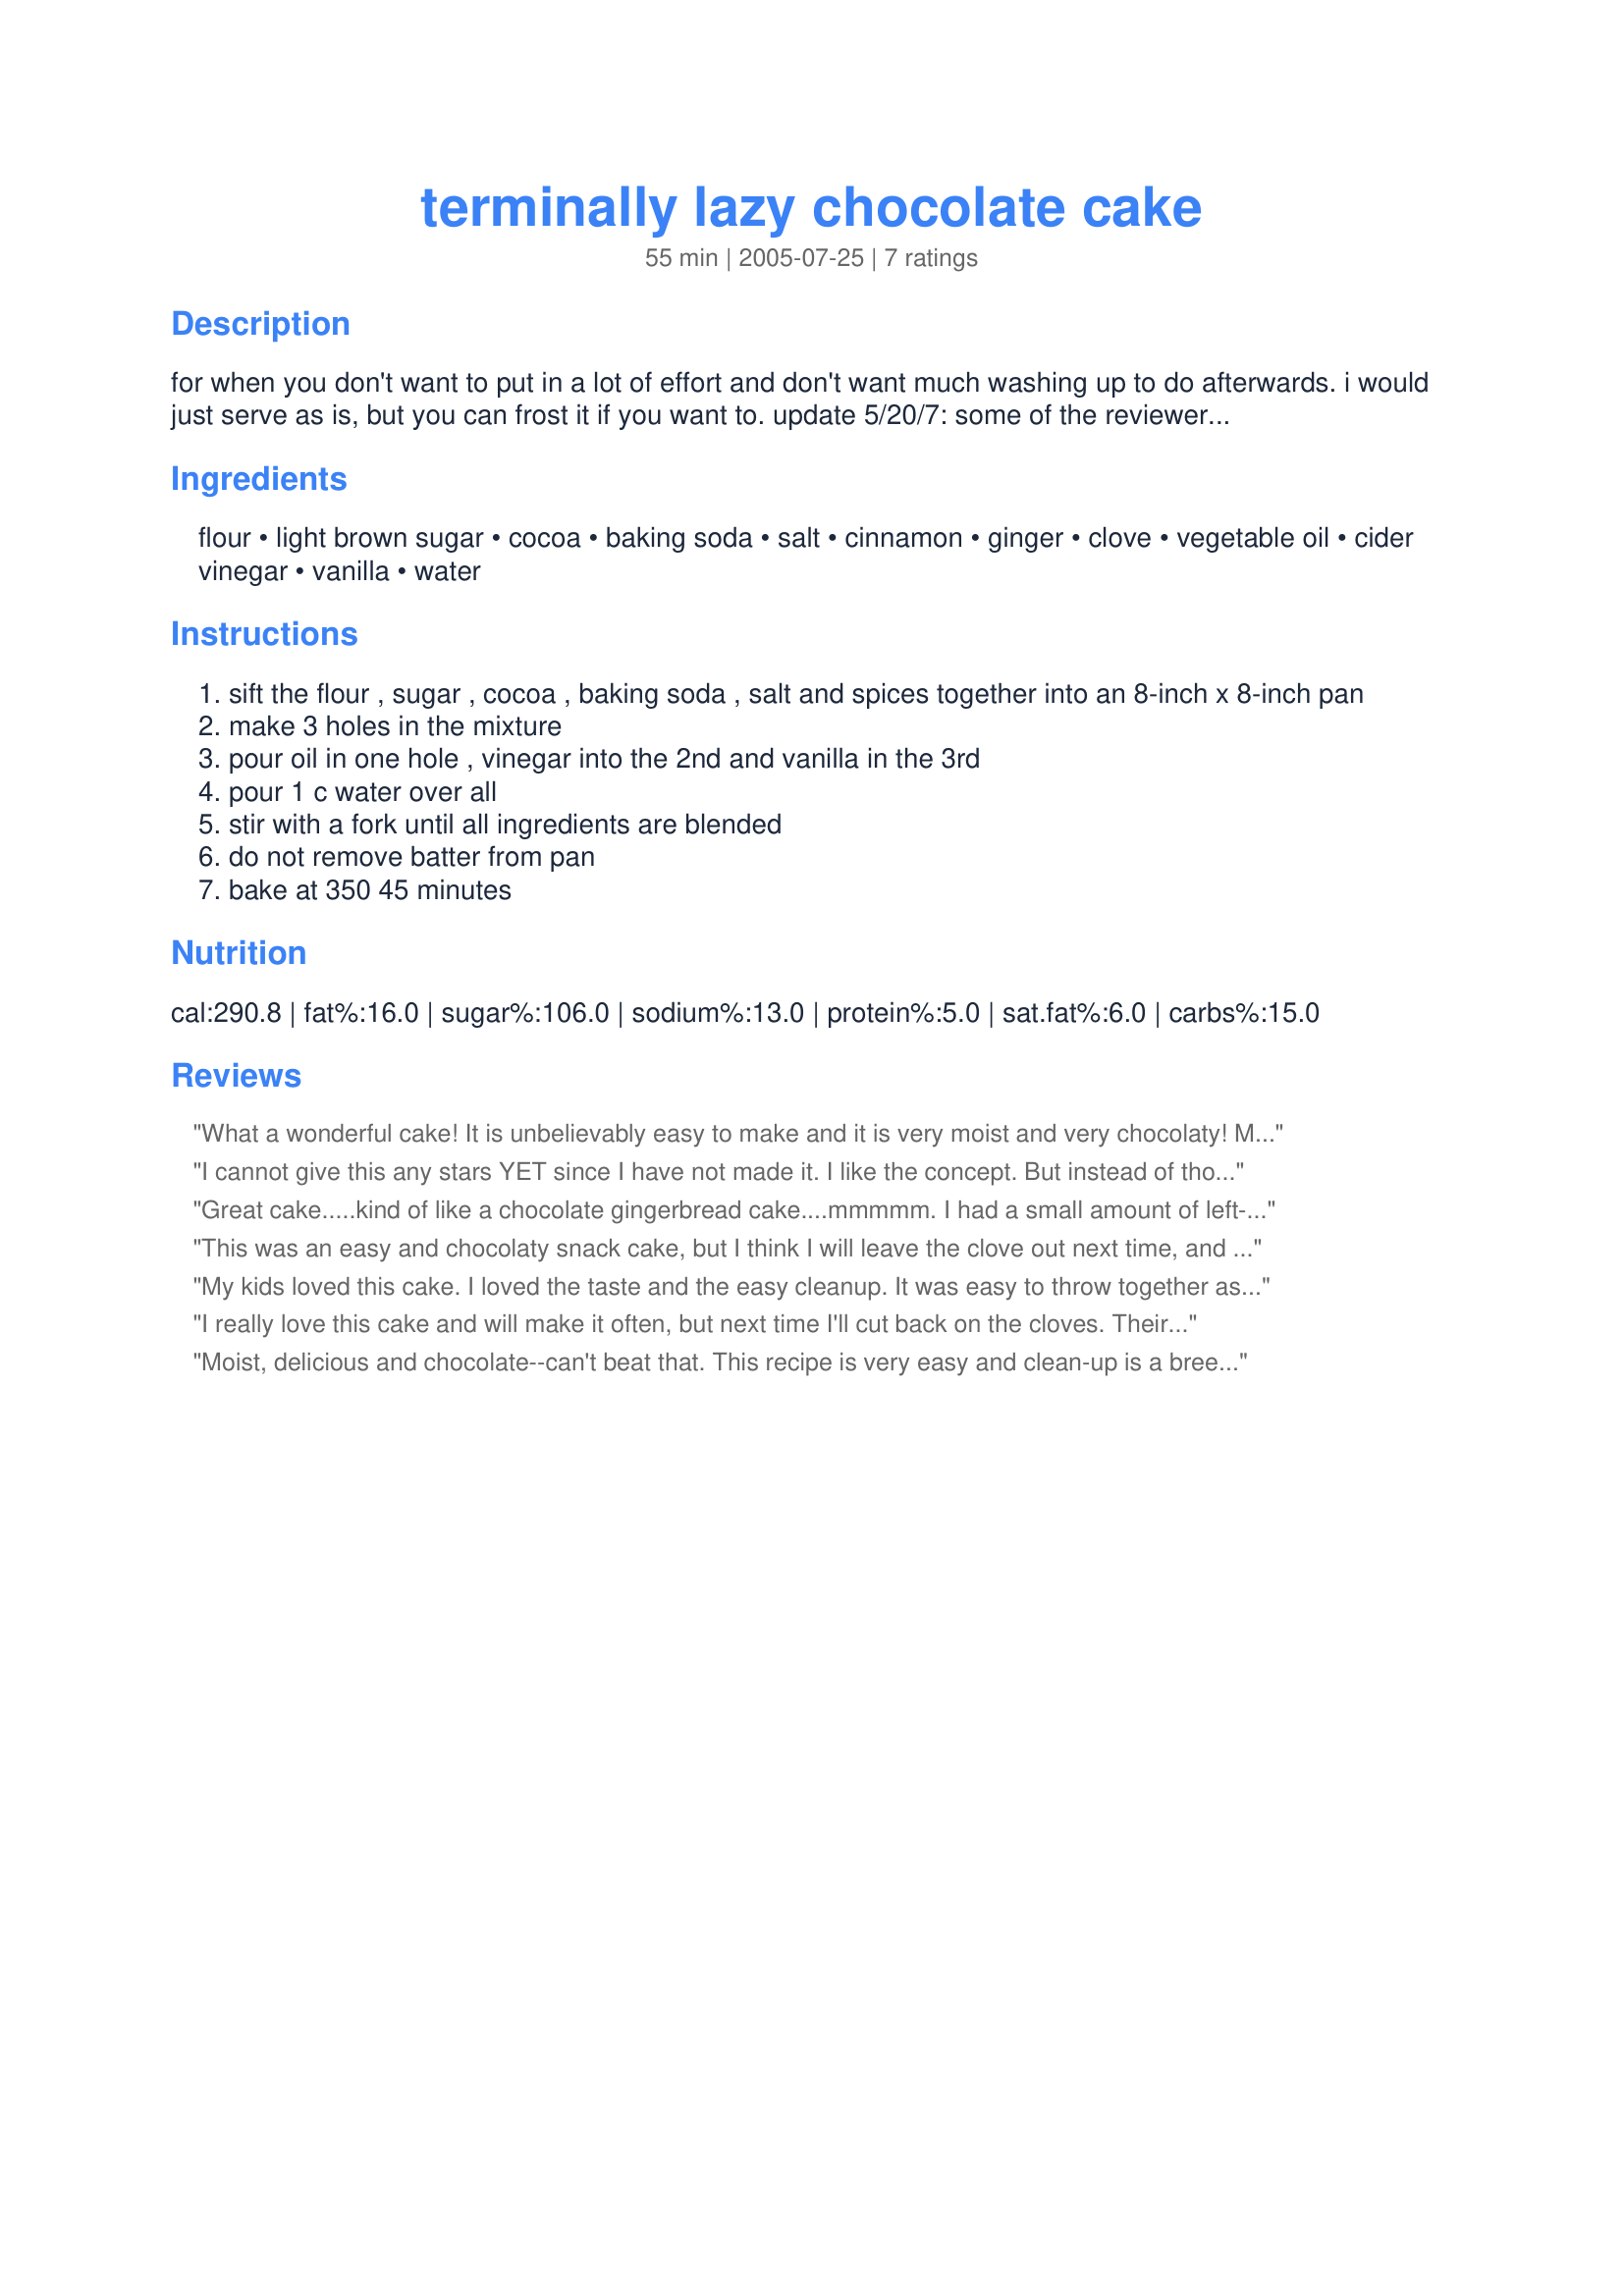
terminally lazy chocolate cake
Preparation time: 55 minutes

for when you don't want to put in a lot of effort and don't want much washing up to do afterwards. i would just serve as is, but you can frost it if you want to. update 5/20/7: some of the reviewers have not liked the combination of cloves with chocolate that much so i'm making inclusion of that ingredient optional. if you're not sure, cut back to 1/4 tsp, or try adding just a tiny bit to a small portion of the dough and see if you like the taste--or just leave it out altogether.

Ingredients:
flour, light brown sugar, cocoa, baking soda, salt, cinnamon, ginger, clove, vegetable oil, cider vinegar, vanilla, water

Steps:
sift the flour , sugar , cocoa , baking soda , salt and spices together into an 8-inch x 8-inch pan
make 3 holes in the mixture
pour oil in one hole , vinegar into the 2nd and vanilla in the 3rd
pour 1 c water over all
stir with a fork until all ingredients are blended
do not remove batter from pan
bake at 350 45 minutes

Reviews:
What a wonderful cake! It is unbelievably easy to make and it is very moist and very chocolaty! My family really enjoyed it, too. I will make this again! Thanks for sharing!
I cannot give this any stars YET since I have not made it. I like the concept. But instead of those spices I am going to use instant espresso powder. I think that would be great. Thanks for the idea!
Great cake.....kind of like a chocolate gingerbread cake....mmmmm. I had a small amount of left-over cream cheese frosting, so I put a thin layer over the warm cake and let it melt in...I just couldn't wait for the cake to cool. The cake is a little spicy...the cloves are quite dominant, but very tasty.
This was an easy and chocolaty snack cake, but I think I will leave the clove out next time, and just use cinnamon and ginger. I used half brown sugar and half Splenda, and served with a dollop of nonfat vanilla yogurt.
My kids loved this cake. I loved the taste and the easy cleanup. It was easy to throw together as well. Thanks for the recipe.
I really love this cake and will make it often, but next time I'll cut back on the cloves. Their flavor was just a touch too strong, but I really love the taste of them in this cake. Very good and different with the spices added. And you can't get any easier!!
Moist, delicious and chocolate--can't beat that. This recipe is very easy and clean-up is a breeze. No frosting is required.
